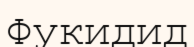
Фукидид